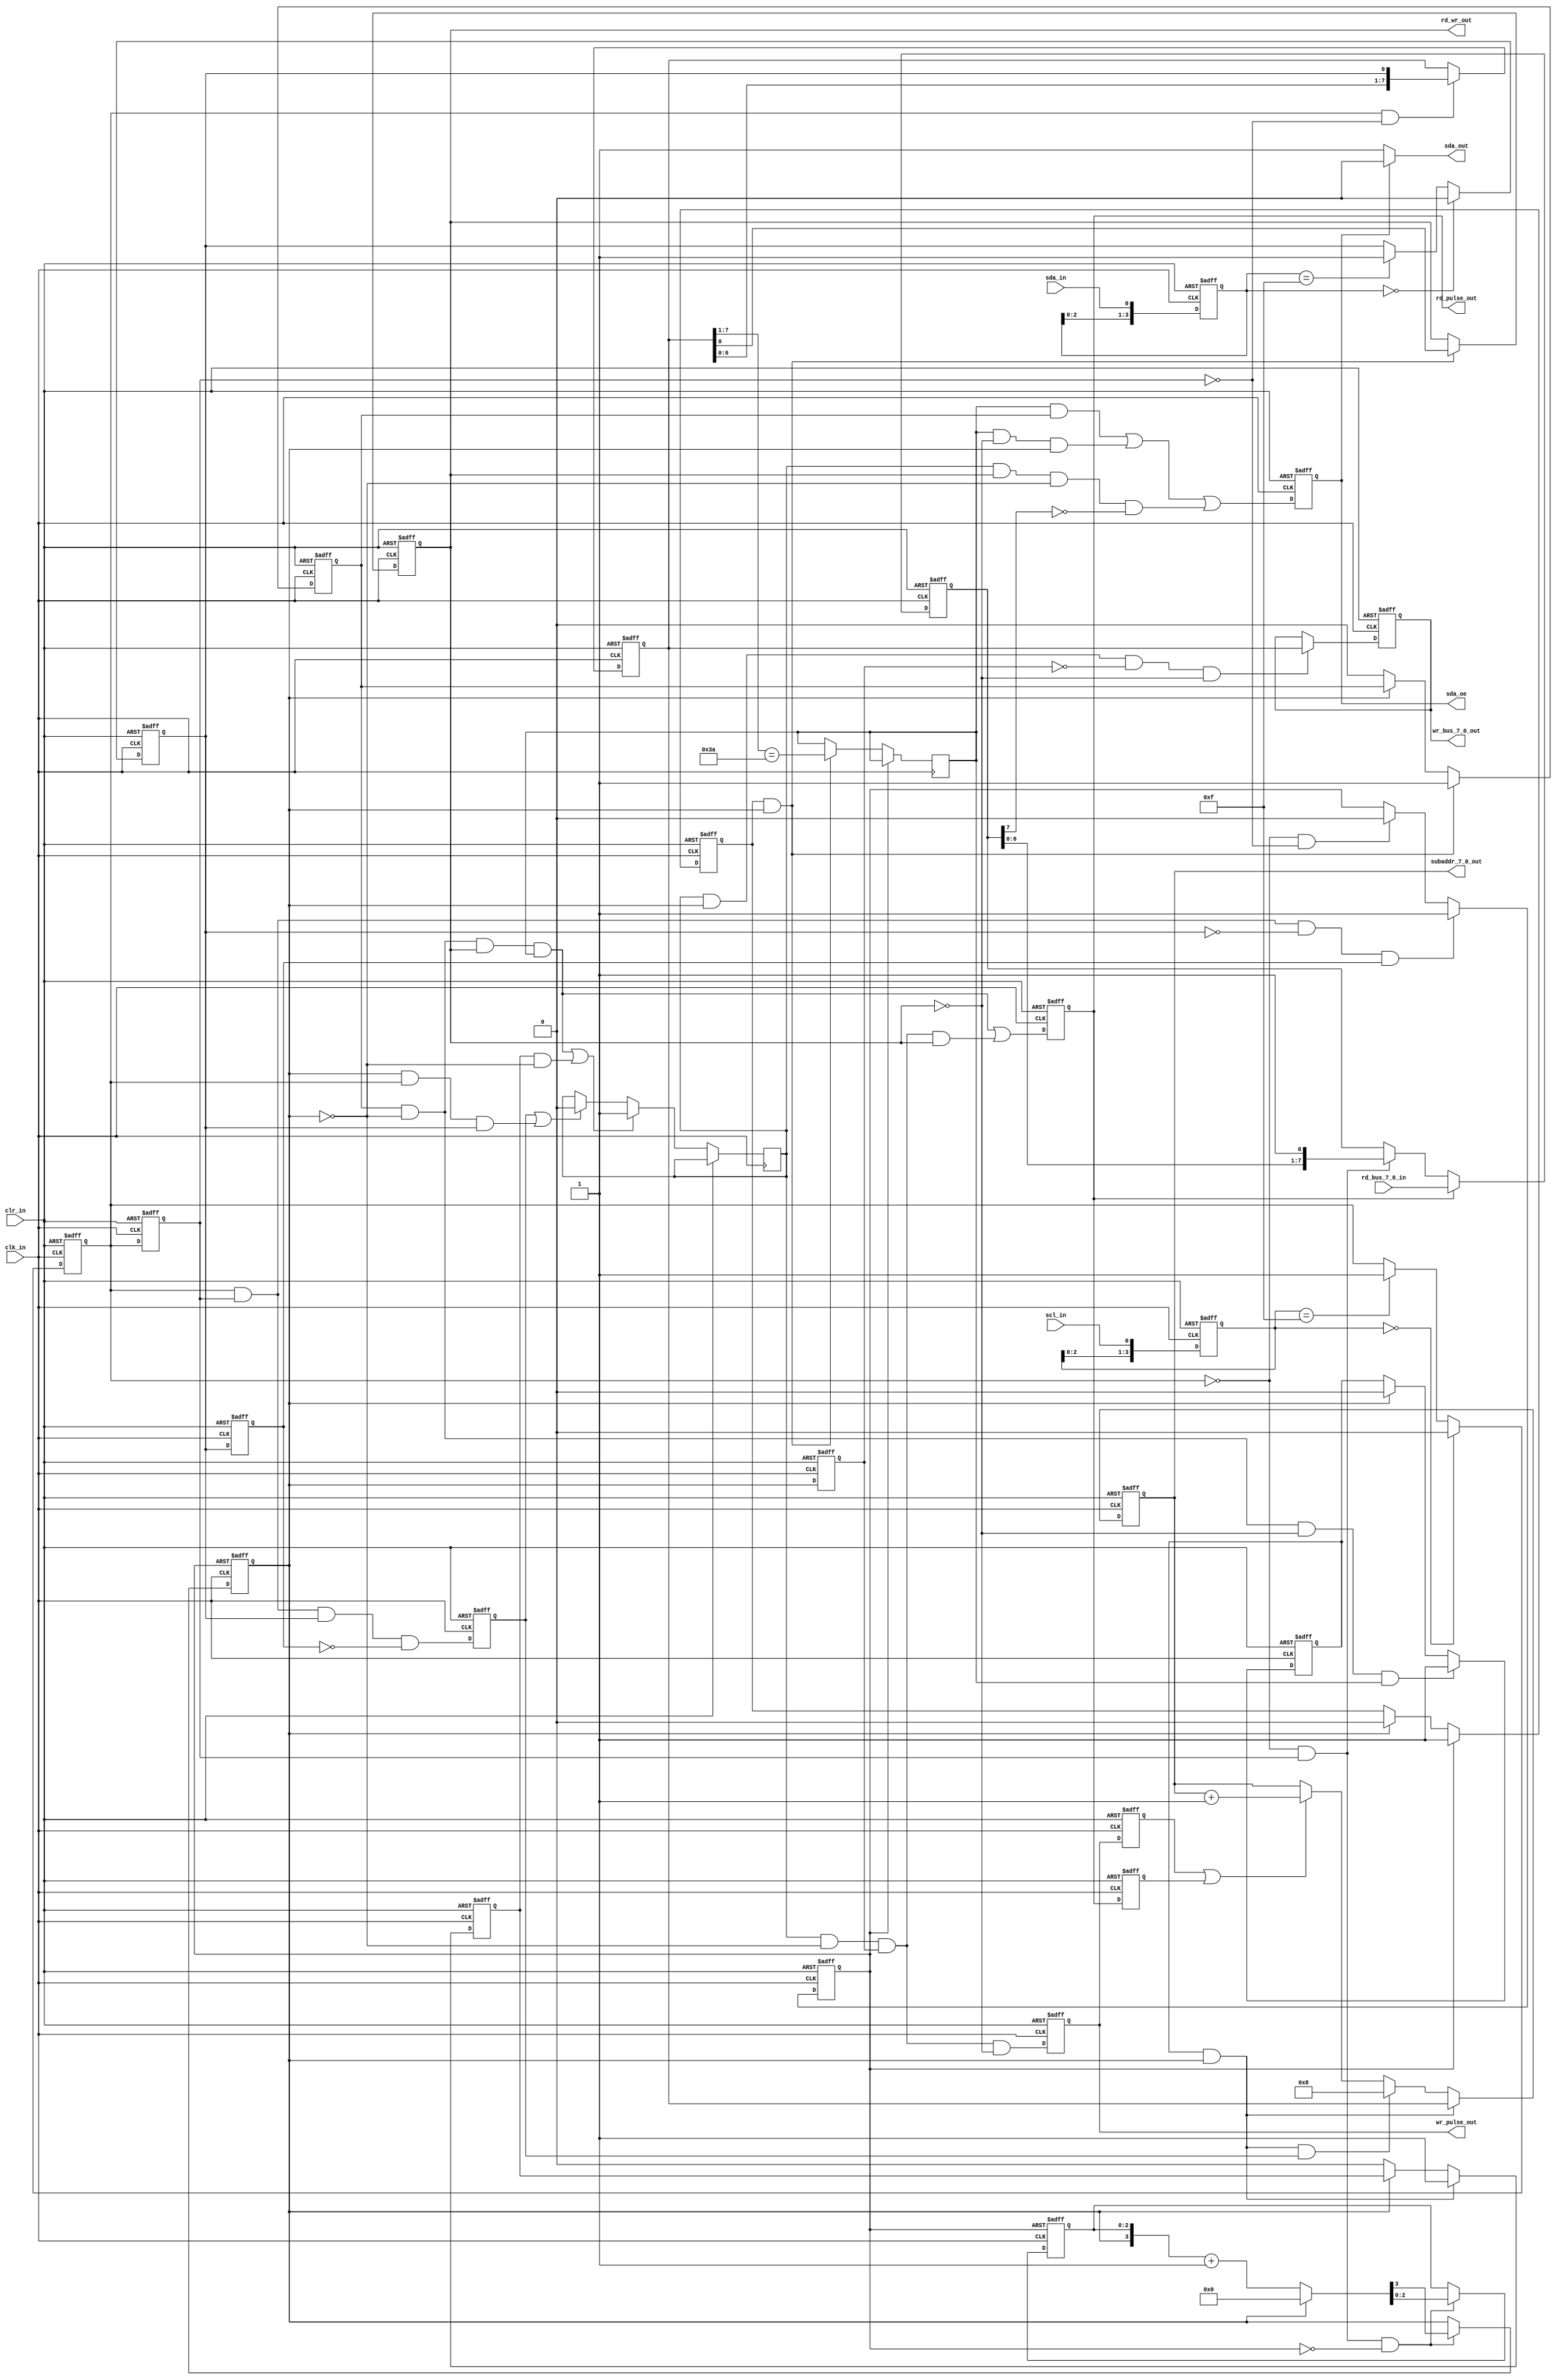
// (C) 2001-2016 Altera Corporation. All rights reserved.
// Your use of Altera Corporation's design tools, logic functions and other 
// software and tools, and its AMPP partner logic functions, and any output 
// files any of the foregoing (including device programming or simulation 
// files), and any associated documentation or information are expressly subject 
// to the terms and conditions of the Altera Program License Subscription 
// Agreement, Altera MegaCore Function License Agreement, or other applicable 
// license agreement, including, without limitation, that your use is for the 
// sole purpose of programming logic devices manufactured by Altera and sold by 
// Altera or its authorized distributors.  Please refer to the applicable 
// agreement for further details.


///////////////////////////////////////////////////////////////////////////////
//
//  Alacron Inc. - Confidential: All Rights Reserved
//  Copyright (C) 2003
//
//  Title       : I2C Slave Control Logic
//
//
///////////////////////////////////////////////////////////////////////////////
//
//  Description :
// This code implements an I2C slave-only controller.
// Access to internal registers uses the sub-address
// protocol like a serial EEPROM.  No registers are
// implemented in this module, however the module
// provides a simple bus interface to external registers.
// GLS - 12/13/00

// I2C inputs are oversampled by clk_in, which should run
// at a minimum of 5 MHz for a 100 KHz I2C bus.  The
// debouncing on the inputs has been tested at up to 80 MHz.
// The I2C 7-bit device address is set by i2c_address.  Address
// 0x6A was selected for FastImage because it doesn't
// conflict with other devices on board.

// Because of limitations in Xilinx Abel, the I/O buffers
// for the I2C SDA and SCL signals were external to this
// macro.

// Three 8-bit buses are implemented for read data, write
// data and subaddress.  For a simple implementation where
// only one 8-bit register is required, the subaddress may
// be used as the register output using simple write and
// read protocol on the I2C bus.  In this case looping the
// subaddress output to the read data bus allows register
// read-back.

// For use with multiple internal registers, the subaddress
// provides the register address.  The rd_wr_out output indicates
// the direction of the current I2C bus transaction and may
// be used to enable read data onto an externally combined
// read/write data bus.  The wr_pulse_out signal can be used as
// an active-high latch enable or clock enable for the
// external registers.  It comes on for one period of clk_in
// and the subaddress and data are valid for at least one
// clk_in period before and after wr_pulse_out.

// A rd_pulse_out output goes high for one clk_in period at the
// beginning of each data byte read.  This indicates the
// time when external data is latched from the read data
// bus.  It may be used to create side-effects on read
// such as clearing sticky status bits.
//
///////////////////////////////////////////////////////////////////////////////
//
//  Modules Instantiated: none
//
///////////////////////////////////////////////////////////////////////////////
//
//  Modification History:
//
//  Added clock enable to slow down state logic with fast input clock
//  6/9/05 - GLS.
//
//
///////////////////////////////////////////////////////////////////////////////
///////////////////////////////////////////////////////////////////////////////
///////////////////////////////////////////////////////////////////////////////

`timescale 1 ns / 100 ps
module I2Cslave
(
  sda_out,
  sda_in,
  scl_in,
  sda_oe,
  rd_bus_7_0_in,
  clk_in,
  clr_in,
  subaddr_7_0_out,
  wr_bus_7_0_out,
  wr_pulse_out,
  rd_pulse_out,
  rd_wr_out
);

parameter [6:0] I2C_ADDR =  7'h3a;
// Inputs:

// I2C inputs (SDA is I/O externally)
output sda_out;
input scl_in;
input sda_in;
output sda_oe;
// 8-bit bus for reading registers
input [7:0] rd_bus_7_0_in;
// High-speed clock for state machine logic
input clk_in;
// Asynchronous reset can be grounded for synthesis
input clr_in;

// Outputs:

// 8-bit subaddress for register selection
output [7:0] subaddr_7_0_out;
reg [7:0] subaddr_7_0_out;
// 8-bit bus for writing registers
output [7:0] wr_bus_7_0_out;//edid_wdata
reg [7:0] wr_bus_7_0_out;
// I2C data output drive low signal (1 = drive SDA low)
reg drive_sda;
// Register write pulse.  On for one clk_in cycle.
output wr_pulse_out;
reg wr_pulse_out;
// Register read pulse.  On for one clk_in cycle.
output rd_pulse_out;
reg rd_pulse_out;
// Read / not Write.  For external bus drivers if necessary.
output rd_wr_out;
reg rd_wr_out;

// Internal Nodes:

// I2C input debounced nodes:
reg [3:0] sda_sr, scl_sr;
reg sda, scl;
// I2C edge detection nodes:
reg was_sda, was_scl;
// Delayed pulses for address increment:
reg rd_pls_dly, wr_pls_dly;
// I2C protocol state nodes:
reg i2c_start, i2c_stop;
reg [2:0] byte_count;
reg ack_cyc;
reg addr_byte, addr_ack, subad_byte, subad_ack, data_byte;
// Edge detection:
reg was_ack;
reg my_cyc;
// Input data shift register
reg [7:0] in_sr;
// Output data shift register
reg [7:0] out_sr;

// internal node for bidirectional SDA line:
wire sda_in;

//IBUF sda_ibuf (.I (sda_io), .O (sda_in));
//OBUFE sda_obuf (.I (1'b0), .E (drive_sda), .O (sda_io));
assign sda_oe = (drive_sda == 1'b1);
assign sda_out = (drive_sda == 1'b1) ? 1'b0 : 1'b1;
//assign sda_in = sda_in;
//parameter i2c_address = 7'h50 >> 1;	// 6A write, 6B read


wire [6:0] i2c_address = I2C_ADDR /* synthesis keep = 1 */;
/*
 probe_edid_addr probe_edid_addr_u(
	.probe (),
	.source (i2c_address));
*/
// Equations

// Debounce, then delay debounced signals for edge detection
always @ (posedge clk_in or posedge clr_in)
  if (clr_in)
    begin
      sda_sr <= 4'b1111;  // Start up assuming quiescent state of inputs
      sda <= 1;
      was_sda <= 0;
      scl_sr <= 4'b1111;  // Start up assuming quiescent state of inputs
      scl <= 1;
      was_scl <= 0;
    end
  else
    begin
      sda_sr <= {sda_sr[2:0], sda_in};
      if (sda_sr == 4'b0000) sda <= 0;//4SDA
      else if (sda_sr == 4'b1111) sda <= 1;//4SDA
      was_sda <= sda;
      scl_sr <= {scl_sr[2:0], scl_in};
      if (scl_sr == 4'b0000) scl <= 0;//4SCL
      else if (scl_sr == 4'b1111) scl <= 1;//4SCL
      was_scl <= scl;
    end

// Detect start and stop conditions on I2C bus:
always @ (posedge clk_in or posedge clr_in)
  if (clr_in)
    begin
      i2c_start <= 0;
      i2c_stop <= 0;
    end
  else
    begin//SDA
      if (scl & was_scl & !sda & was_sda) i2c_start <= 1; // Falling edge of SDA with SCL high
      else if (!scl & !was_scl) i2c_start <= 0; // Hold until SCL has fallen
      i2c_stop <= scl & was_scl & sda & !was_sda ; // Rising edge of SDA with SCL high
      // i2c_stop is only on for one clock cycle
    end

// Increment bit counter on falling edges of the
// SCL signal after the first in a packet.
// Count bit position within bytes:
always @ (posedge clk_in or posedge i2c_start)
  if (i2c_start)
    begin
      ack_cyc <= 0;
      byte_count <= 0;
    end
  else if (!scl & was_scl & !i2c_start)//
    begin//
      // ack_cyc is really bit 3 of byte_count, counting from 0 to 8
      {ack_cyc,byte_count} <= ack_cyc ? 4'd0 : {ack_cyc,byte_count} + 4'd1;
    end

// For edge detection of ack cycles:
always @ (posedge clk_in or posedge clr_in)
  if (clr_in)
    begin
      was_ack <= 0;
    end
  else
    begin
      was_ack <= ack_cyc;
    end

always @ (posedge clk_in or posedge clr_in)
  if (clr_in)
    begin
      addr_byte <= 0;
      addr_ack <= 0;
      subad_byte <= 0;
      subad_ack <= 0;
      wr_pulse_out <= 0;
      rd_pulse_out <= 0;
    end
  else
    begin
      // addr_byte is on during the first byte transmitted after
      // a START condition.
      if (i2c_start) addr_byte <= 1;
      else if (ack_cyc) addr_byte <= 0;
      // addr_ack is on during acknowledge cycle of the address
      // byte.
      if (addr_byte & ack_cyc) addr_ack <= 1;
      else if (!ack_cyc) addr_ack <= 0;
      // subad_byte is on for the second byte of my write cycle.
      if (addr_ack & !ack_cyc & !rd_wr_out & my_cyc) subad_byte <= 1;
      else if (ack_cyc) subad_byte <= 0;
      // subad_ack is on during the acknowledge cycle of the
      // subaddress byte.
      if (subad_byte & ack_cyc) subad_ack <= 1;
      else if (!ack_cyc) subad_ack <= 0;
      // data_byte is on for my read or write data cycles.  This is
      // any read cycle after the address, or write cycles after
      // the subaddress.  It remains on until the I2C STOP event or
      // any NACK.
      if (addr_ack & !ack_cyc & rd_wr_out & my_cyc | subad_ack & !ack_cyc) data_byte <= 1;
      else if (i2c_stop | ack_cyc & scl & sda) data_byte <= 0;
      // wr_pulse_out is on for one clock cycle while the data
      // on the output bus is valid.
      wr_pulse_out <= data_byte & !ack_cyc & was_ack & !rd_wr_out;
      // rd_pulse_out is on for one clock cycle when external
      // read data is transfered into the output shift register
      // for transmission to the I2C bus.
      rd_pulse_out <= addr_ack & !ack_cyc & rd_wr_out & my_cyc     // First read cycle
                | data_byte & !ack_cyc & was_ack & rd_wr_out ; // Subsequent read cycles
    end

// wr_bus_7_0_out is loaded from the I2C input S/R at the
// end of each write data cycle.
always @ (posedge clk_in or posedge clr_in)
  if (clr_in)
    begin
      wr_bus_7_0_out <= 0;
    end
  else if (data_byte & ack_cyc & !was_ack & !rd_wr_out)
    begin
      wr_bus_7_0_out <= in_sr;
    end

// out_sr shifts data out to the I2C bus during read
// data cycles.  Transitions occur after the falling
// edge of SCL.  Fills with 1's from right.
always @ (posedge clk_in or posedge clr_in)
  if (clr_in)
    begin
      out_sr <= 8'b11111111;
    end
  else
    begin
       if (rd_pulse_out) out_sr <= rd_bus_7_0_in;
       else if (!scl & was_scl) out_sr <= {out_sr[6:0],1'b1};
    end

// Delayed pulses for incrementing subaddress:
always @ (posedge clk_in or posedge clr_in)
  if (clr_in)
    begin
      wr_pls_dly <= 0;
      rd_pls_dly <= 0;
    end
  else
    begin
      wr_pls_dly <= wr_pulse_out;
      rd_pls_dly <= rd_pulse_out;
    end

// subaddr_7_0_out is loaded after the second byte of a write
// cycle has fully shifted in.  It increments after each
// read or write access.
always @ (posedge clk_in or posedge clr_in)
  if (clr_in)
    begin
      subaddr_7_0_out <= 0;
    end
  else
    begin
      if (subad_byte & ack_cyc) subaddr_7_0_out <= in_sr;
		else if (subad_byte & ack_cyc & i2c_stop) subaddr_7_0_out <= 8; // Added for HDCP
      // Leave Out this else clause for simple single register version
      // In this case subaddr_7_0_out becomes the register output and should be
      // wrapped back to rd_bus_7_0_in externally
      else if (wr_pls_dly | rd_pls_dly) subaddr_7_0_out <= subaddr_7_0_out + 8'd1;
    end

// Shift I2C data in after rising edge of SCL.
always @ (posedge clk_in or posedge clr_in)
  if (clr_in)
    begin
      in_sr <= 0;
    end
  else if (scl & !was_scl)//SCL
    begin
      in_sr <= {in_sr[6:0],sda};
    end

// Read / not Write.  For external bus drivers if necessary.
// Latch the Read bit of the address cycle.
always @ (posedge clk_in or posedge clr_in)
  if (clr_in)
    begin
      rd_wr_out <= 0;
    end
  else if (addr_byte & ack_cyc)
    begin
      rd_wr_out <= in_sr[0];//I2C0
    end

// Decode address.  My cycle if address upper 7 bits
// match with i2c_address defined above.
always @ (posedge clk_in or posedge i2c_start)
  if (i2c_start)
    begin
    end
  else if (addr_byte & ack_cyc)
    begin
      my_cyc <= (in_sr[7:1] == i2c_address);
    end

// I2C data output drive low signal (1 = drive SDA low)
// Invert this signal for T input of OBUFT or IOBUF
// or use it directly for OBUFE.
always @ (posedge clk_in or posedge clr_in)
  if (clr_in)
    begin
      drive_sda <= 0;
    end
  else
    begin
      drive_sda <= my_cyc & addr_ack      // Address acknowledge
           | my_cyc & !rd_wr_out & ack_cyc    // Write byte acknowledge
           | data_byte & rd_wr_out & !ack_cyc & !out_sr[7] ;  // Read Data
    end

endmodule // I2Cslave